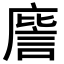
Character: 𭙮